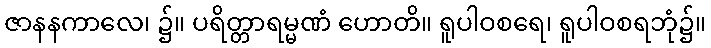
ဇာနနကာလေ၊ ၌။ ပရိတ္တာရမ္မဏံ ဟောတိ။ ရူပါဝစရေ၊ ရူပါဝစရဘုံ၌။